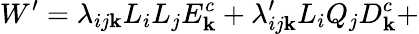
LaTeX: W^{\prime}=\lambda_{ij\mathbf{k}}L_{i}L_{j}E_{\mathbf{k}}^{c}+\lambda_{ij\mathbf{k}}^{\prime}L_{i}Q_{j}D_{\mathbf{k}}^{c}+